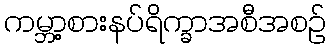
ကမ္ဘာ့စားနပ်ရိက္ခာအစီအစဉ်